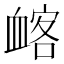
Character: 䘔